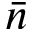
\bar { n }